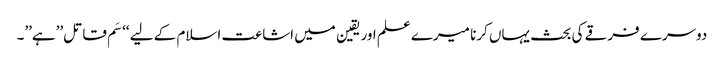
دوسرے فرقے کی بحث یہاں کرنا میرے علم اور یقین میں اشاعت اسلام کے لیے ‘‘سَم قاتل’’ہے’’۔